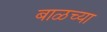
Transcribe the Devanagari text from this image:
बाळच्या